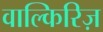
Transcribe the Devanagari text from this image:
वाल्किरिज़